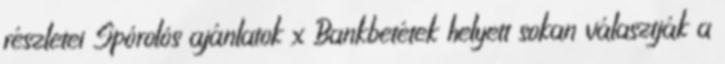
részletei Spórolós ajánlatok x Bankbetétek helyett sokan választják a